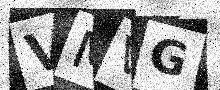
Text: VMVG